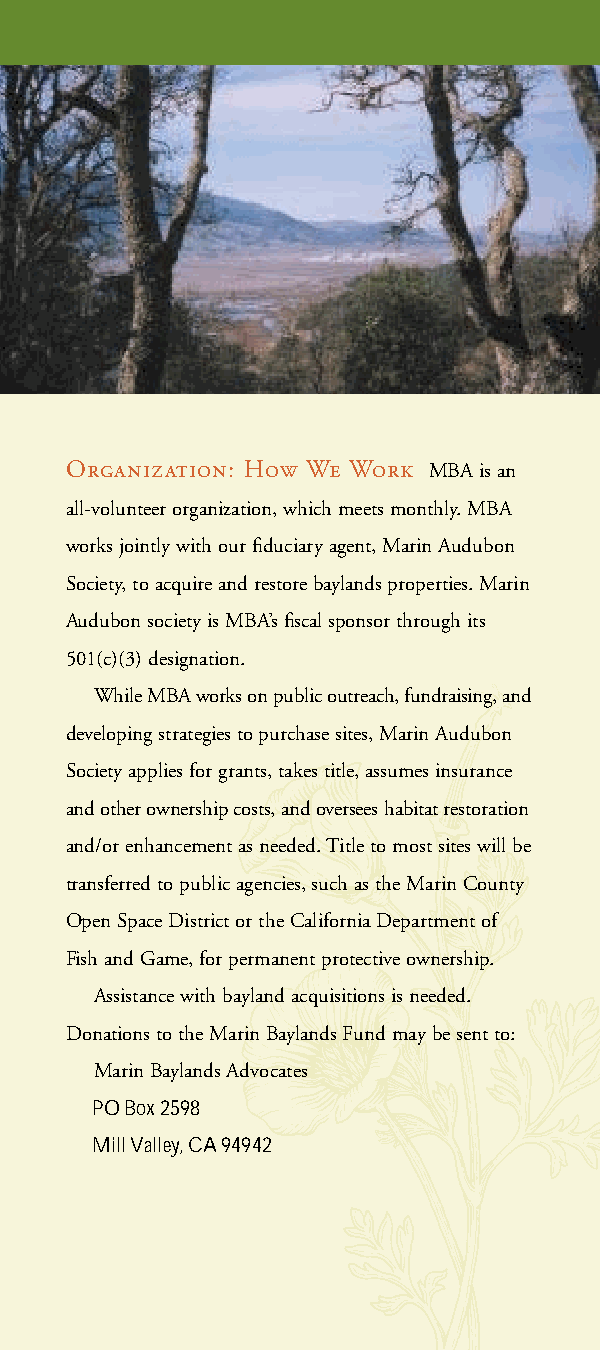
Organization: How We Work MBA is an
 all-volunteer organization, which meets monthly. MBA
 works jointly with our fiduciary agent, Marin Audubon
 Society, to acquire and restore baylands properties. Marin
 Audubon society is MBA’s fiscal sponsor through its
 501(c)(3) designation.
 While MBA works on public outreach, fundraising, and
 developing strategies to purchase sites, Marin Audubon
 Society applies for grants, takes title, assumes insurance
 and other ownership costs, and oversees habitat restoration
 and/or enhancement as needed. Title to most sites will be
 transferred to public agencies, such as the Marin County
 Open Space District or the California Department of
 Fish and Game, for permanent protective ownership.
 Assistance with bayland acquisitions is needed.
 Donations to the Marin Baylands Fund may be sent to:
 Marin Baylands Advocates
 PO Box 2598
 Mill Valley, CA 94942